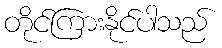
တိုင်ကြားနိုင်ပါသည်